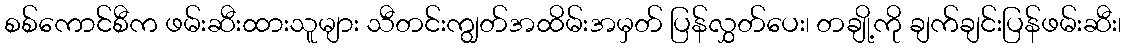
စစ်ကောင်စီက ဖမ်းဆီးထားသူများ သီတင်းကျွတ်အထိမ်းအမှတ် ပြန်လွှတ်ပေး၊ တချို့ကို ချက်ချင်းပြန်ဖမ်းဆီး၊